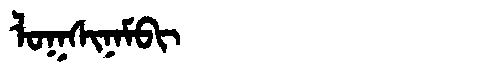
Manchu: ᠯᠣᡴᠰᡳᠨᠠᠮᠪᡳ
Romanization: LOKSINAMBI